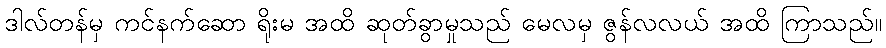
ဒါလ်တန်မှ ကင်နက်ဆော ရိုးမ အထိ ဆုတ်ခွာမှုသည် မေလမှ ဇွန်လလယ် အထိ ကြာသည်။